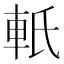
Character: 軝